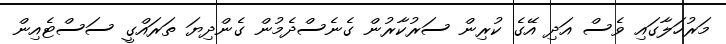
މަރުހަލާގައި ވެސް އަދި އޭގެ ކުރިން ސަރުކާރުން ގެނެސްދެމުން ގެންދިޔަ ތަރައްގީ ސަސްޓެއިން